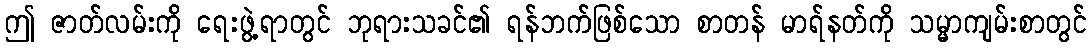
ဤ ဇာတ်လမ်းကို ရေးဖွဲ့ရာတွင် ဘုရားသခင်၏ ရန်ဘက်ဖြစ်သော စာတန် မာရ်နတ်ကို သမ္မာကျမ်းစာတွင်